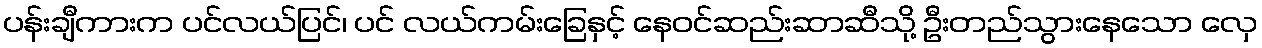
ပန်းချီကားက ပင်လယ်ပြင်၊ ပင် လယ်ကမ်းခြေနှင့် နေဝင်ဆည်းဆာဆီသို့ ဦးတည်သွားနေသော လှေ